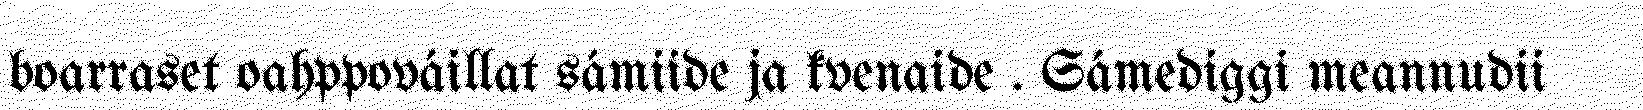
boarraset oahppováillat sámiide ja kvenaide . Sámediggi meannudii